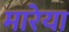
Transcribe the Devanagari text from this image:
मारेया